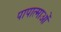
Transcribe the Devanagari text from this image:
पापात्माओं